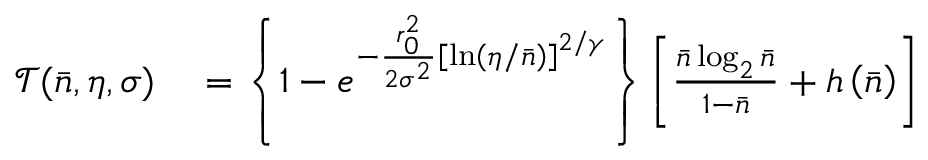
\begin{array} { r l } { \mathcal { T } ( \bar { n } , \eta , \sigma ) } & { { } = \left\{ 1 - e ^ { - \frac { r _ { 0 } ^ { 2 } } { 2 \sigma ^ { 2 } } \left[ \ln \left( \eta / \bar { n } \right) \right] ^ { 2 / \gamma } } \right\} \left[ \frac { \bar { n } \log _ { 2 } \bar { n } } { 1 - \bar { n } } + h \left( \bar { n } \right) \right] } \end{array}